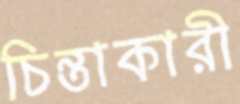
চিন্তাকারী